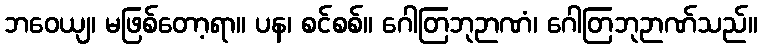
ဘဝေယျ၊ မဖြစ်တော့ရာ။ ပန၊ စင်စစ်။ ဂေါတြဘုဉာဏံ၊ ဂေါတြဘုဉာဏ်သည်။